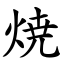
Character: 焼